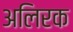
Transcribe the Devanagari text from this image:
अलिरक